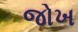
જોખ